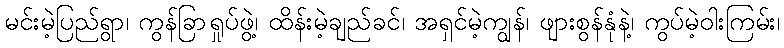
မင်းမဲ့ပြည်ရွာ၊ ကွန်ခြာရှုပ်ဖွဲ့၊ ထိန်းမဲ့ချည်ခင်၊ အရှင်မဲ့ကျွန်၊ ဖျားစွန်နုံနဲ့၊ ကွပ်မဲ့ဝါးကြမ်း၊